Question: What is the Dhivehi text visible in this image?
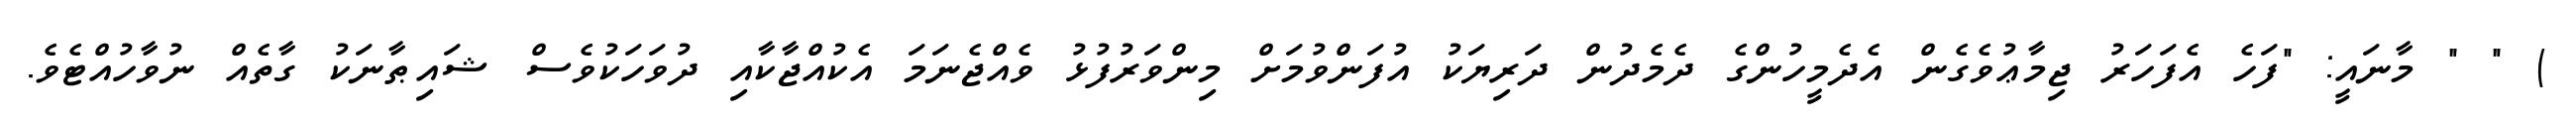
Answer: ) " " މާނައީ: "ފަހެ އެފަހަރު ޖިމާޢުވެގެން އެދެމީހުންގެ ދެމެދުން ދަރިޔަކު އުފަންވުމަށް މިންވަރުފުޅު ވެއްޖެނަމަ އެކުއްޖާކާއި ދުވަހަކުވެސް ޝައިޠާނަކު ގާތެއް ނުވާހުއްޓެވެ.